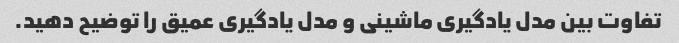
تفاوت بین مدل یادگیری ماشینی و مدل یادگیری عمیق را توضیح دهید.